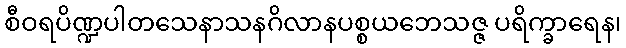
စီဝရပိဏ္ဍပါတသေနာသနဂိလာနပစ္စယဘေသဇ္ဇ ပရိက္ခာရေန၊